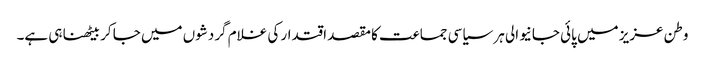
وطن عزیز میں پائی جانیوالی ہر سیاسی جماعت کا مقصد اقتدار کی غلام گردشوں میں جا کر بیٹھنا ہی ہے۔